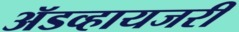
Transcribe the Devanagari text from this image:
ॲडव्हायजरी